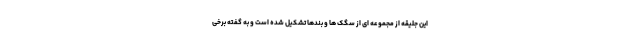
این جلیقه از مجموعه ای از سگک ها و بندها تشکیل شده است و به گفته برخی